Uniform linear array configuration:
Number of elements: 4
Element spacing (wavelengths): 0.25
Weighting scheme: cosine
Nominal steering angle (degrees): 60
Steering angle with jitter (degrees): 59.032
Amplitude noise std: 0.05
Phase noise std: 0.05

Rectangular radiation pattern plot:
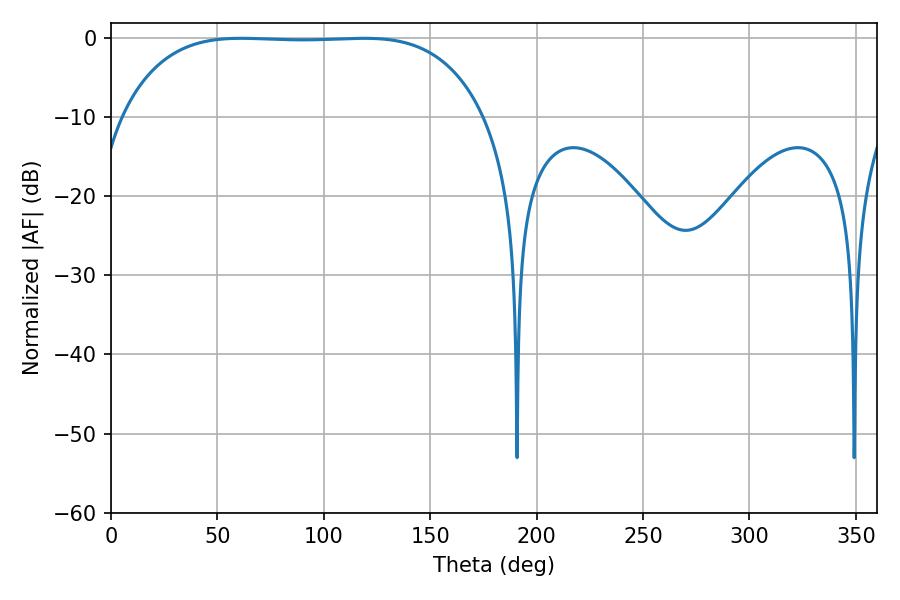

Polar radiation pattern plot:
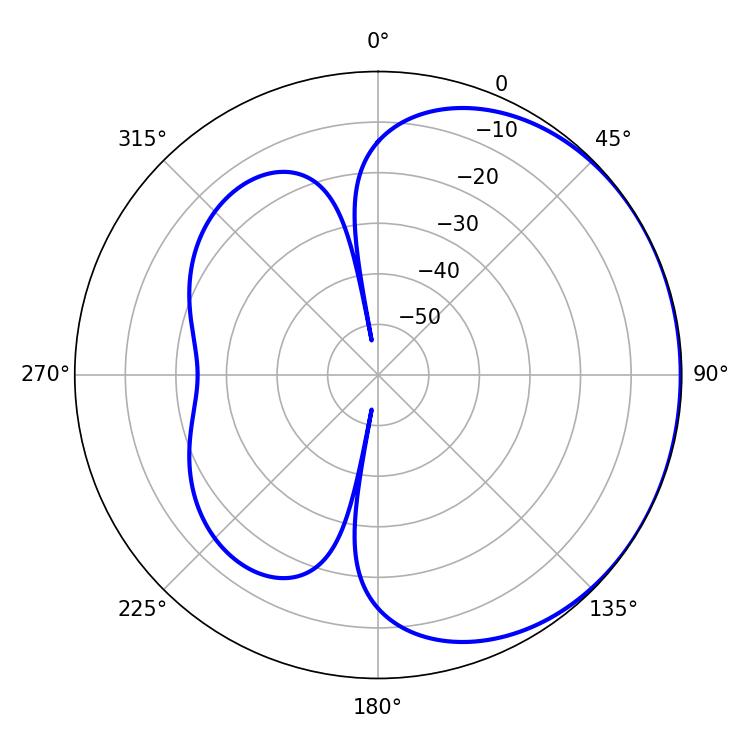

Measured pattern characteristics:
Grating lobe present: FALSE
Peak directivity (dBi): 0.6767
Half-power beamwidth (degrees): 132.12
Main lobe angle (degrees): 61.2